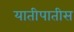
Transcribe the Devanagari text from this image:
यातीपातीस